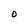
Character: O